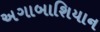
અગાબાશિયાન